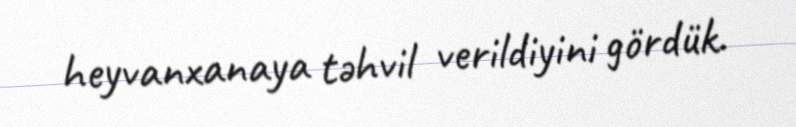
heyvanxanaya təhvil verildiyini gördük.